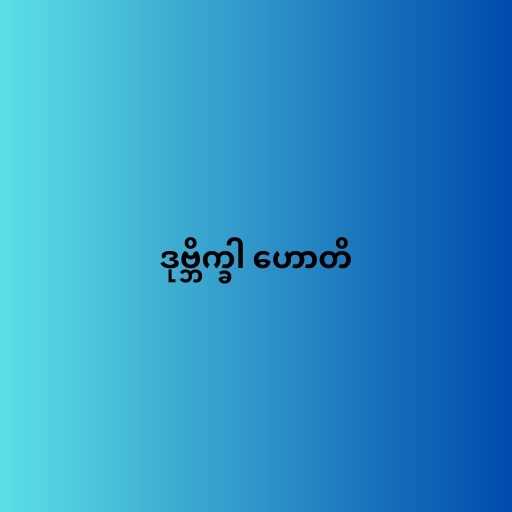
ဒုဗ္ဘိက္ခါ ဟောတိ